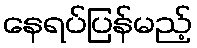
နေရပ်ပြန်မည့်